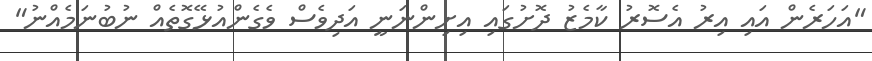
"އަހަރެން އައި އިރު އެސޮރު ކާމެޒު ދޮށުގައި އިށިންނަނީ އަދިވެސް ވެގެންއުޅޭގޮތެއް ނުބުނަމެއްނު"